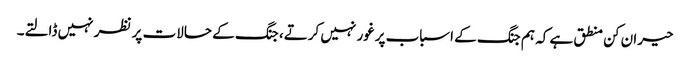
حیران کن منطق ہے کہ ہم جنگ کے اسباب پرغور نہیں کرتے، جنگ کے حالات پر نظر نہیں ڈالتے۔